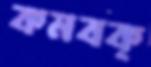
কমবক্